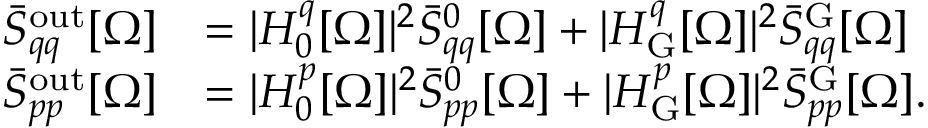
\begin{array} { r l } { \bar { S } _ { q q } ^ { \mathrm { o u t } } [ \Omega ] } & { = | H _ { 0 } ^ { q } [ \Omega ] | ^ { 2 } \bar { S } _ { q q } ^ { 0 } [ \Omega ] + | H _ { \mathrm { G } } ^ { q } [ \Omega ] | ^ { 2 } \bar { S } _ { q q } ^ { \mathrm { G } } [ \Omega ] } \\ { \bar { S } _ { p p } ^ { \mathrm { o u t } } [ \Omega ] } & { = | H _ { 0 } ^ { p } [ \Omega ] | ^ { 2 } \bar { S } _ { p p } ^ { 0 } [ \Omega ] + | H _ { \mathrm { G } } ^ { p } [ \Omega ] | ^ { 2 } \bar { S } _ { p p } ^ { \mathrm { G } } [ \Omega ] . } \end{array}